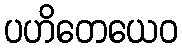
ပဟိတေယေဝ